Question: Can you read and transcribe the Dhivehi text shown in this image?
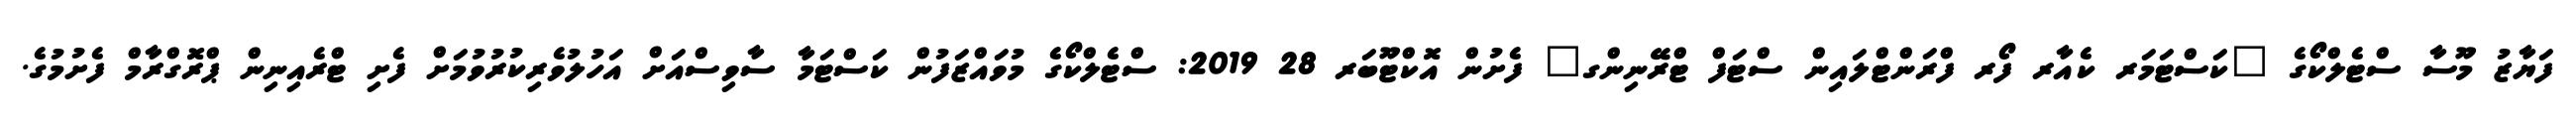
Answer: ފަޔާޒު މޫސާ ސްޓެލްކޯގެ "ކަސްޓަމަރ ކެއާރ ފޯރ ފްރަންޓްލައިން ސްޓަފް ޓްރޭނިންގ" ފެށުން އޮކްޓޫބަރ 28 2019: ސްޓެލްކޯގެ މުވައްޒަފުން ކަސްޓަމާ ސާވިސްއަށް އަހުލުވެރިކުރުވުމަށް ފެށި ޓްރެއިނިން ޕްރޮގްރާމް ފެށުމުގެ.